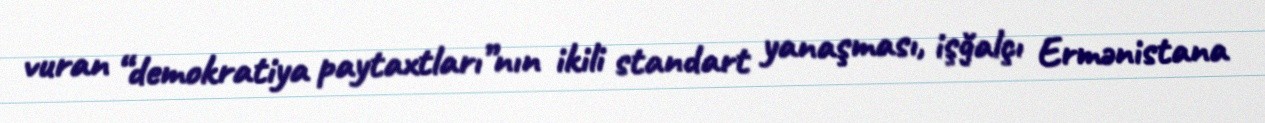
vuran “demokratiya paytaxtları”nın ikili standart yanaşması, işğalçı Ermənistana